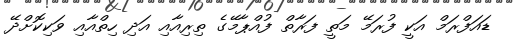
ޑައަފްރަމް އަކީ ފުރަމޭ މަތީ ފަރާތް ފުއްޕާމޭގެ ތިރިއާއި އަދި ހިތްއާއި ވަކިކޮށްދޭ